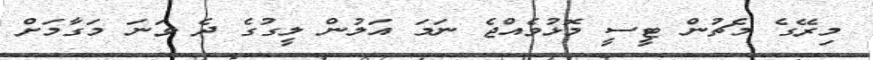
މިރޭގެ މެޗުން ޓީސީ މޮޅުވެއްޖެ ނަމަ އަލުން ލީގުގެ ދެ ވަނަ މަގާމަށް